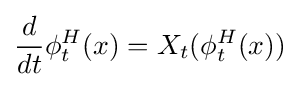
{\frac {d}{dt}}\phi _{t}^{H}(x)=X_{t}(\phi _{t}^{H}(x))